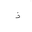
Letter: _thal